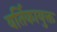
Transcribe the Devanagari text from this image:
वर्तिकायुक्त